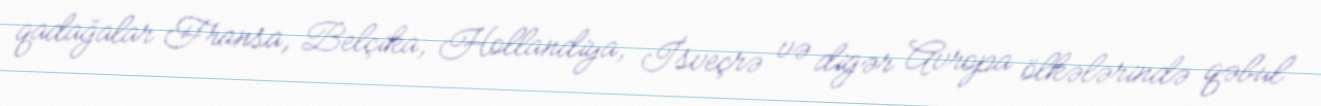
qadağalar Fransa, Belçika, Hollandiya, İsveçrə və digər Avropa ölkələrində qəbul